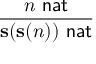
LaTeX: \frac { n \, \, { \mathsf { n a t } } } { \mathbf { s ( s ( } n \mathbf { ) ) } \, \, { \mathsf { n a t } } }